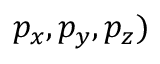
p _ { x } , p _ { y } , p _ { z } )